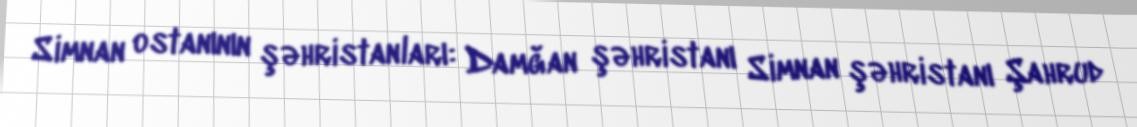
Simnan ostanının şəhristanları: Damğan şəhristanı Simnan şəhristanı Şahrud